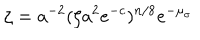
\zeta = a ^ { - 2 } ( \zeta a ^ { 2 } e ^ { - c } ) ^ { n / 8 } e ^ { - \mu _ { \sigma } }